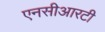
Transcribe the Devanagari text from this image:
एनसीआरटी